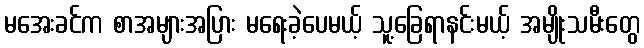
မအေးခင်က စာအများအပြား မရေးခဲ့ပေမယ့် သူ့ခြေရာနင်းမယ့် အမျိုးသမီးတွေ